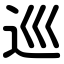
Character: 巡